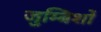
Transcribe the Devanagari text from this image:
जुम्बिशों